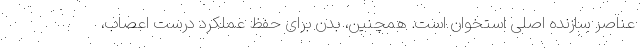
عناصر سازنده اصلی استخوان است. همچنین، بدن برای حفظ عملکرد درست اعصاب،